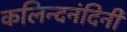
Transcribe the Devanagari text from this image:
कलिन्दनंदिनी